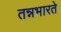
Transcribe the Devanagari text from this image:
तन्नभारते